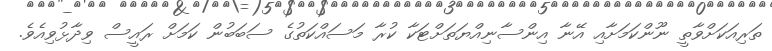
ތަރިއަކަށްވާތީ ނޫންކަމަށާއި އޭނާ އިންސާނިއްޔަތަށްޓަކާ ކުރާ މަސައްކަތުގެ ސަބަބުން ކަމަށް ރައީސް ވިދާޅުވިއެވެ.